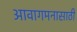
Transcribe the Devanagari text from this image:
आवागमनासाठी